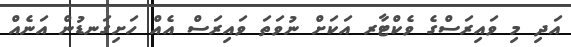
އަދި މި ވައިރަސްގެ ވެކްޓާރ އަކަށް ނުވަތަ ވައިރަސް އެއް ހަށިގަނޑުން އަނެއް